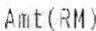
AMT(RM)